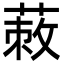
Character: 蓛